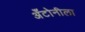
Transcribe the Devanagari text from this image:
अँटोनीला